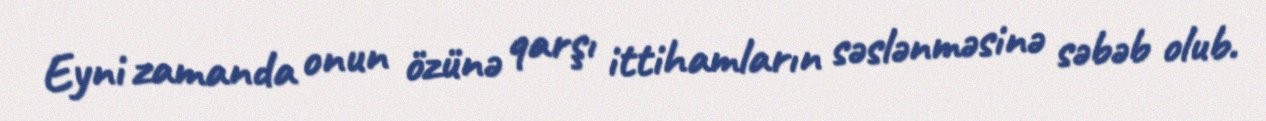
Eyni zamanda onun özünə qarşı ittihamların səslənməsinə səbəb olub.